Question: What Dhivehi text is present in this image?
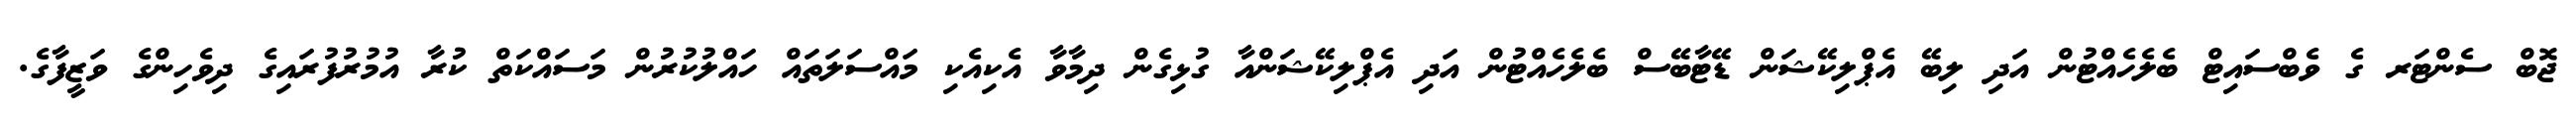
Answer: ޖޮބް ސެންޓަރ ގެ ވެބްސައިޓް ބެލެހެއްޓުން އަދި ލިބޭ އެޕްލިކޭޝަން ޑޭޓާބޭސް ބެލެހެއްޓުން އަދި އެޕްލިކޭޝަންއާ ގުޅިގެން ދިމާވާ އެކިއެކި މައްސަލަތައް ހައްލުކުރުން މަސައްކަތް ކުރާ އުމުރުފުރައިގެ ދިވެހިންގެ ވަޒީފާގެ.